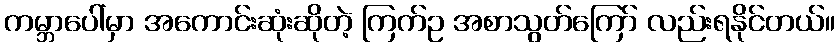
ကမ္ဘာပေါ်မှာ အကောင်းဆုံးဆိုတဲ့ ကြက်ဥ အစာသွတ်ကြော် လည်းရနိုင်တယ်။